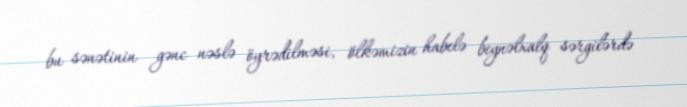
bu sənətinin gənc nəslə öyrədilməsi, ölkəmizin habelə beynəlxalq sərgilərdə